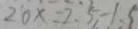
2 0 x = 2 . 5 - 1 . 5